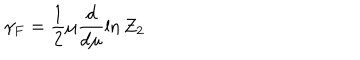
\gamma _ { F } = \frac 1 2 \mu \frac d { d \mu } \ln Z _ { 2 }